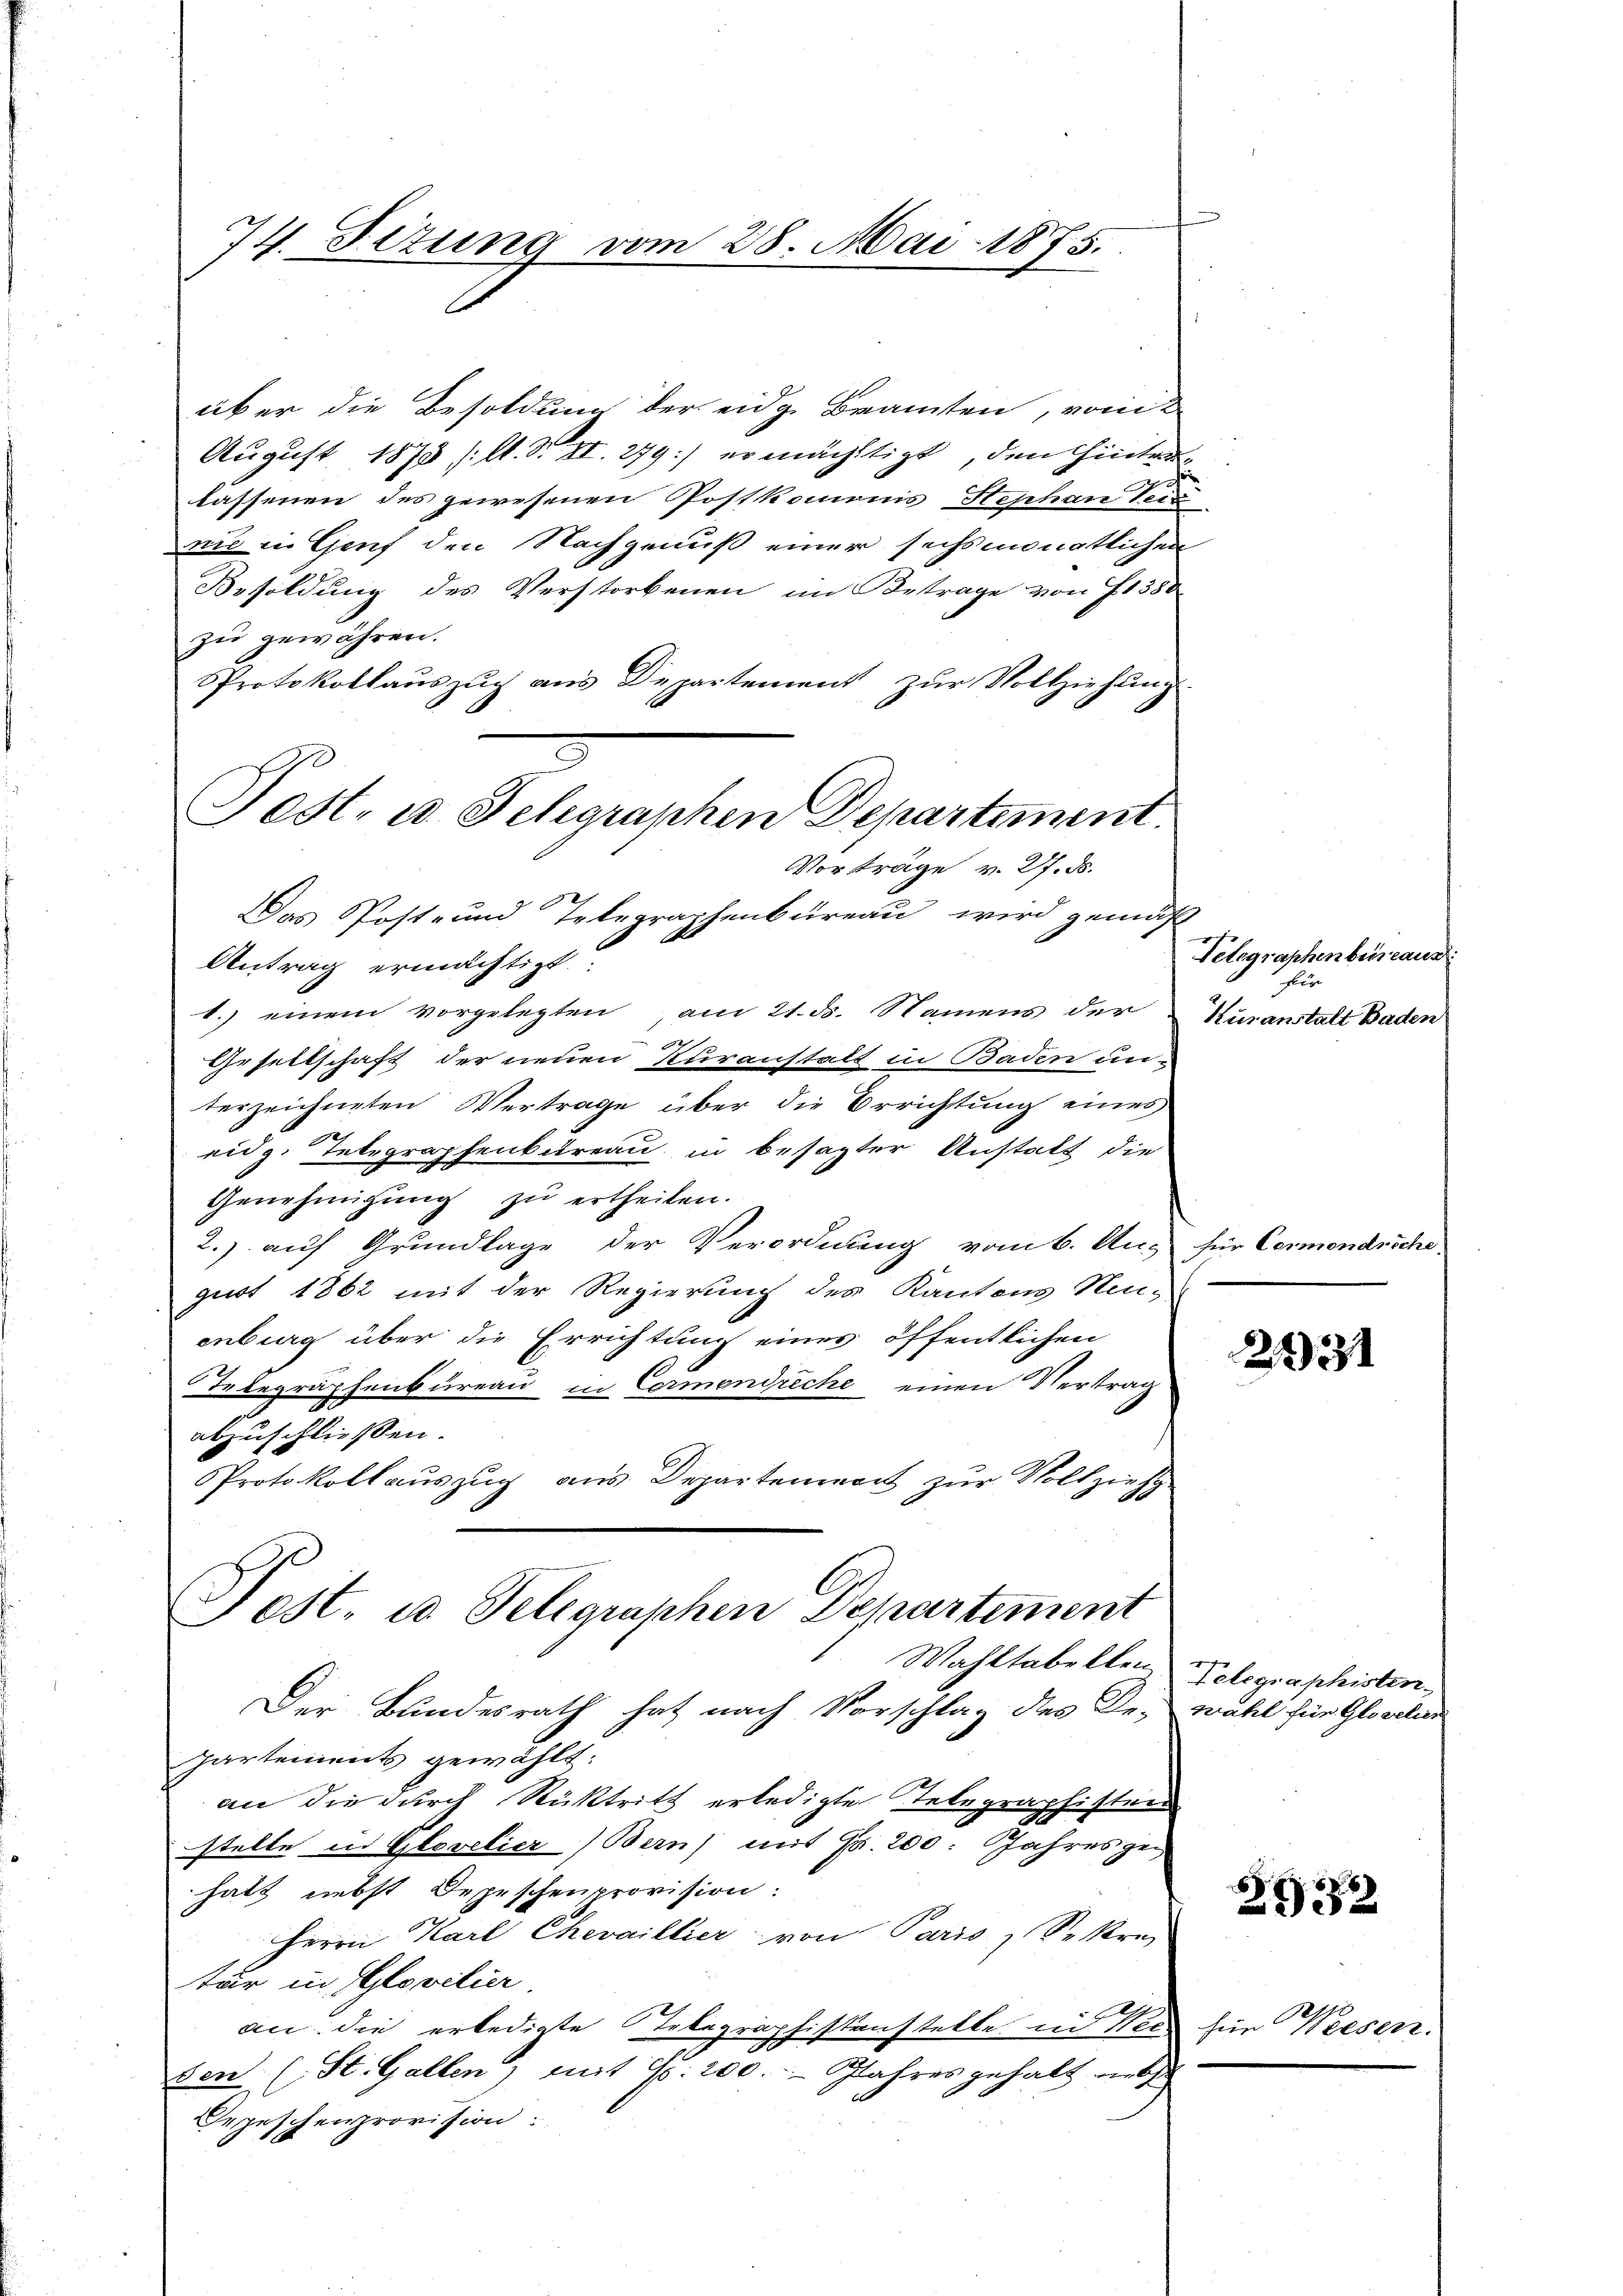
74. Fezung vom 28. Mai 1875.

über die Besoldung der eidg. Branten, vom
August 1878 (lt. S. II. 279) ermächtigt, den hinterlassenen des gewesenen Postkommnis Hephan Per
nie in Genf den Nachgenuß einer sechsmonatlichen
Besoldung des Verstorbenen im Betrage von 1380
zu gewähren.
Protokollaŭszŭg ans Departement zŭr Vollziehŭng
Das Post- und Telegraphenbureau wird gemäß
Antrag ermächtigt
1.) einem vorgelegten, am 21. ds. Namens der
.
Gesellschaft der neuen Kuranstalt in Baden un-
terzeichneten Vertrage über die Errichtung eines
eidg. Telegraphenbureau in besagter Anstatt die
Genehmigung zu ertheilen.
2.) auf Grundlage der Verordnung vom 6. Au- für Cormendreche
gust 1862 mit der Regierung des Kantons Neu-
enburg über die Errichtung eines öffentlichen
Telegraphenbureau in Cormendreche einen Vertrag
abzuschliessen.
Protokollauszug aus Departement zur Vollzieh
Fest. u. Telegraphen Departiment
Wahltabellen, Gelegraphisten
Der Bundesrath hat nach Vorschlag des De- wahl für Gloslar
Partements gewählt:
an die durch Rücktritt erledigte Telegraphisten
stelle in Glovelier Bern) mit Fr. 200. Jahreszei
hatt nebst Depeschenprovision:
Herrn Karl Chevaillier von Paris Sekre
tur in Glovilier.
an: die erledigte Telegraphistenstelle in Wer für Weesen.
den (St. Gallen, mit 9. 200. Jahres gehalt neb
Depeschenprovision:

Fest, u. Schgraphen Departement.
Vorträge v. 27. ds.

Telegraphenbüreaus
fir
Kusanstalt Baden

2131

252